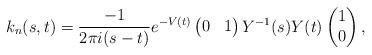
LaTeX: \begin{align*}k_n(s,t)=\frac{-1}{2\pi i(s-t)}e^{-V(t)}\begin{pmatrix}0&1\end{pmatrix}Y^{-1}(s)Y(t)\begin{pmatrix}1\\0\end{pmatrix},\end{align*}